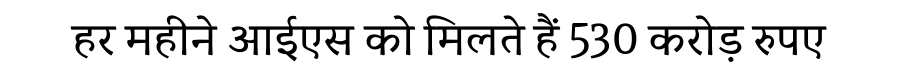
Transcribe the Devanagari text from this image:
हर महीने आईएस को मिलते हैं 530 करोड़ रुपए